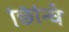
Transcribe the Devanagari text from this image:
छिन्धि